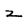
Character: z